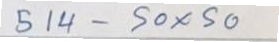
514 - 50 x 50